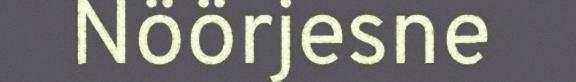
Nöörjesne